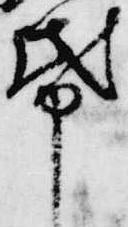
紙